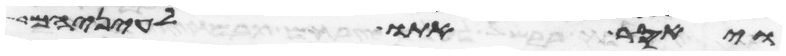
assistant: ויאסר אתו לעיניהם